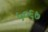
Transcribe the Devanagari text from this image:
५०६७